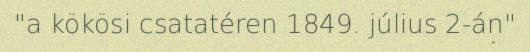
"a kökösi csatatéren 1849. július 2-án"